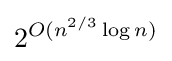
2^{O(n^{2/3}\log n)}